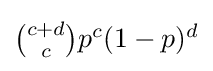
{\textstyle {\binom {c+d}{c}}p^{c}(1-p)^{d}}